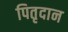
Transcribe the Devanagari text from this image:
पितृदान